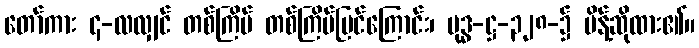
တော်ကား ၄-လလျှင် တစ်ကြိမ် တစ်ကြိမ်မြင်ကြောင်း၊ ဗုဒ္ဓ-ဋ္ဌ-၃၂၈-၌ မိန့်ဆိုထား၏။